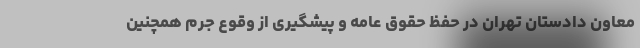
معاون دادستان تهران در حفظ حقوق عامه و پیشگیری از وقوع جرم همچنین